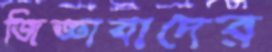
জিজ্ঞাবাদের